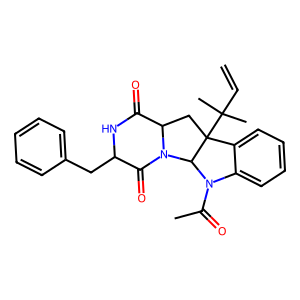
SMILES: C=CC(C)(C)C12CC3C(=O)NC(Cc4ccccc4)C(=O)N3C1N(C(C)=O)c1ccccc12
Inhibits HIV replication: No